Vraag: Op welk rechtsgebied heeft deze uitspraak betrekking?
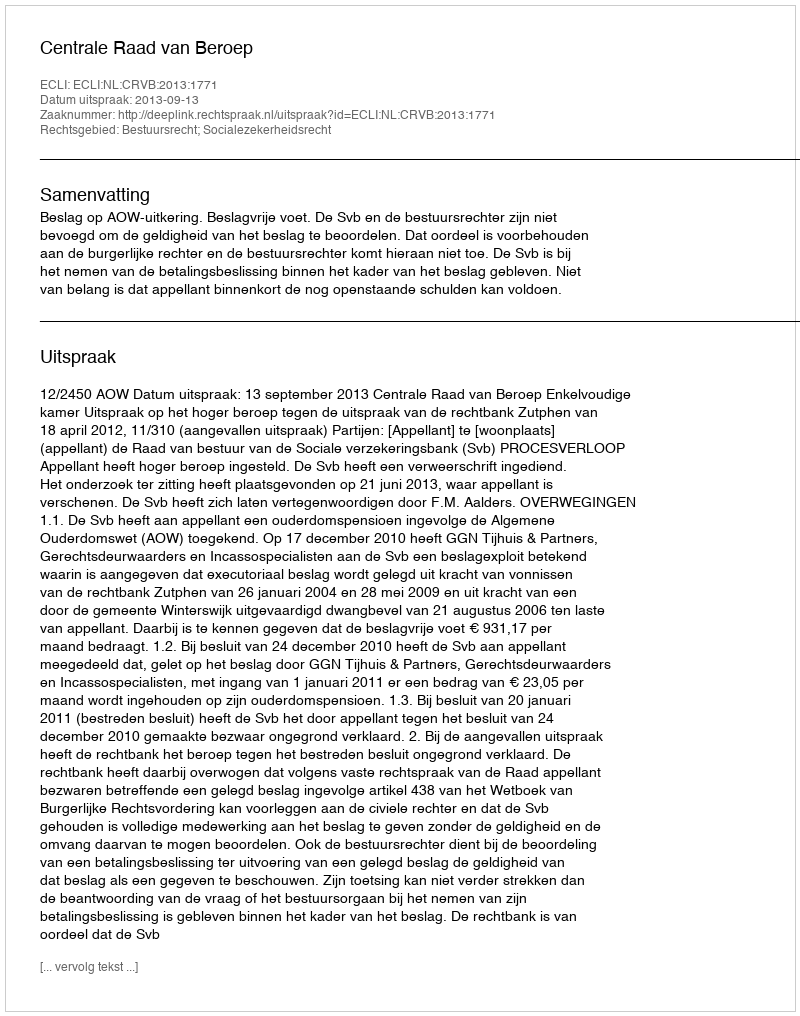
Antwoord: Bestuursrecht; Socialezekerheidsrecht